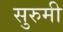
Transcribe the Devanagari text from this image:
सुरुमी